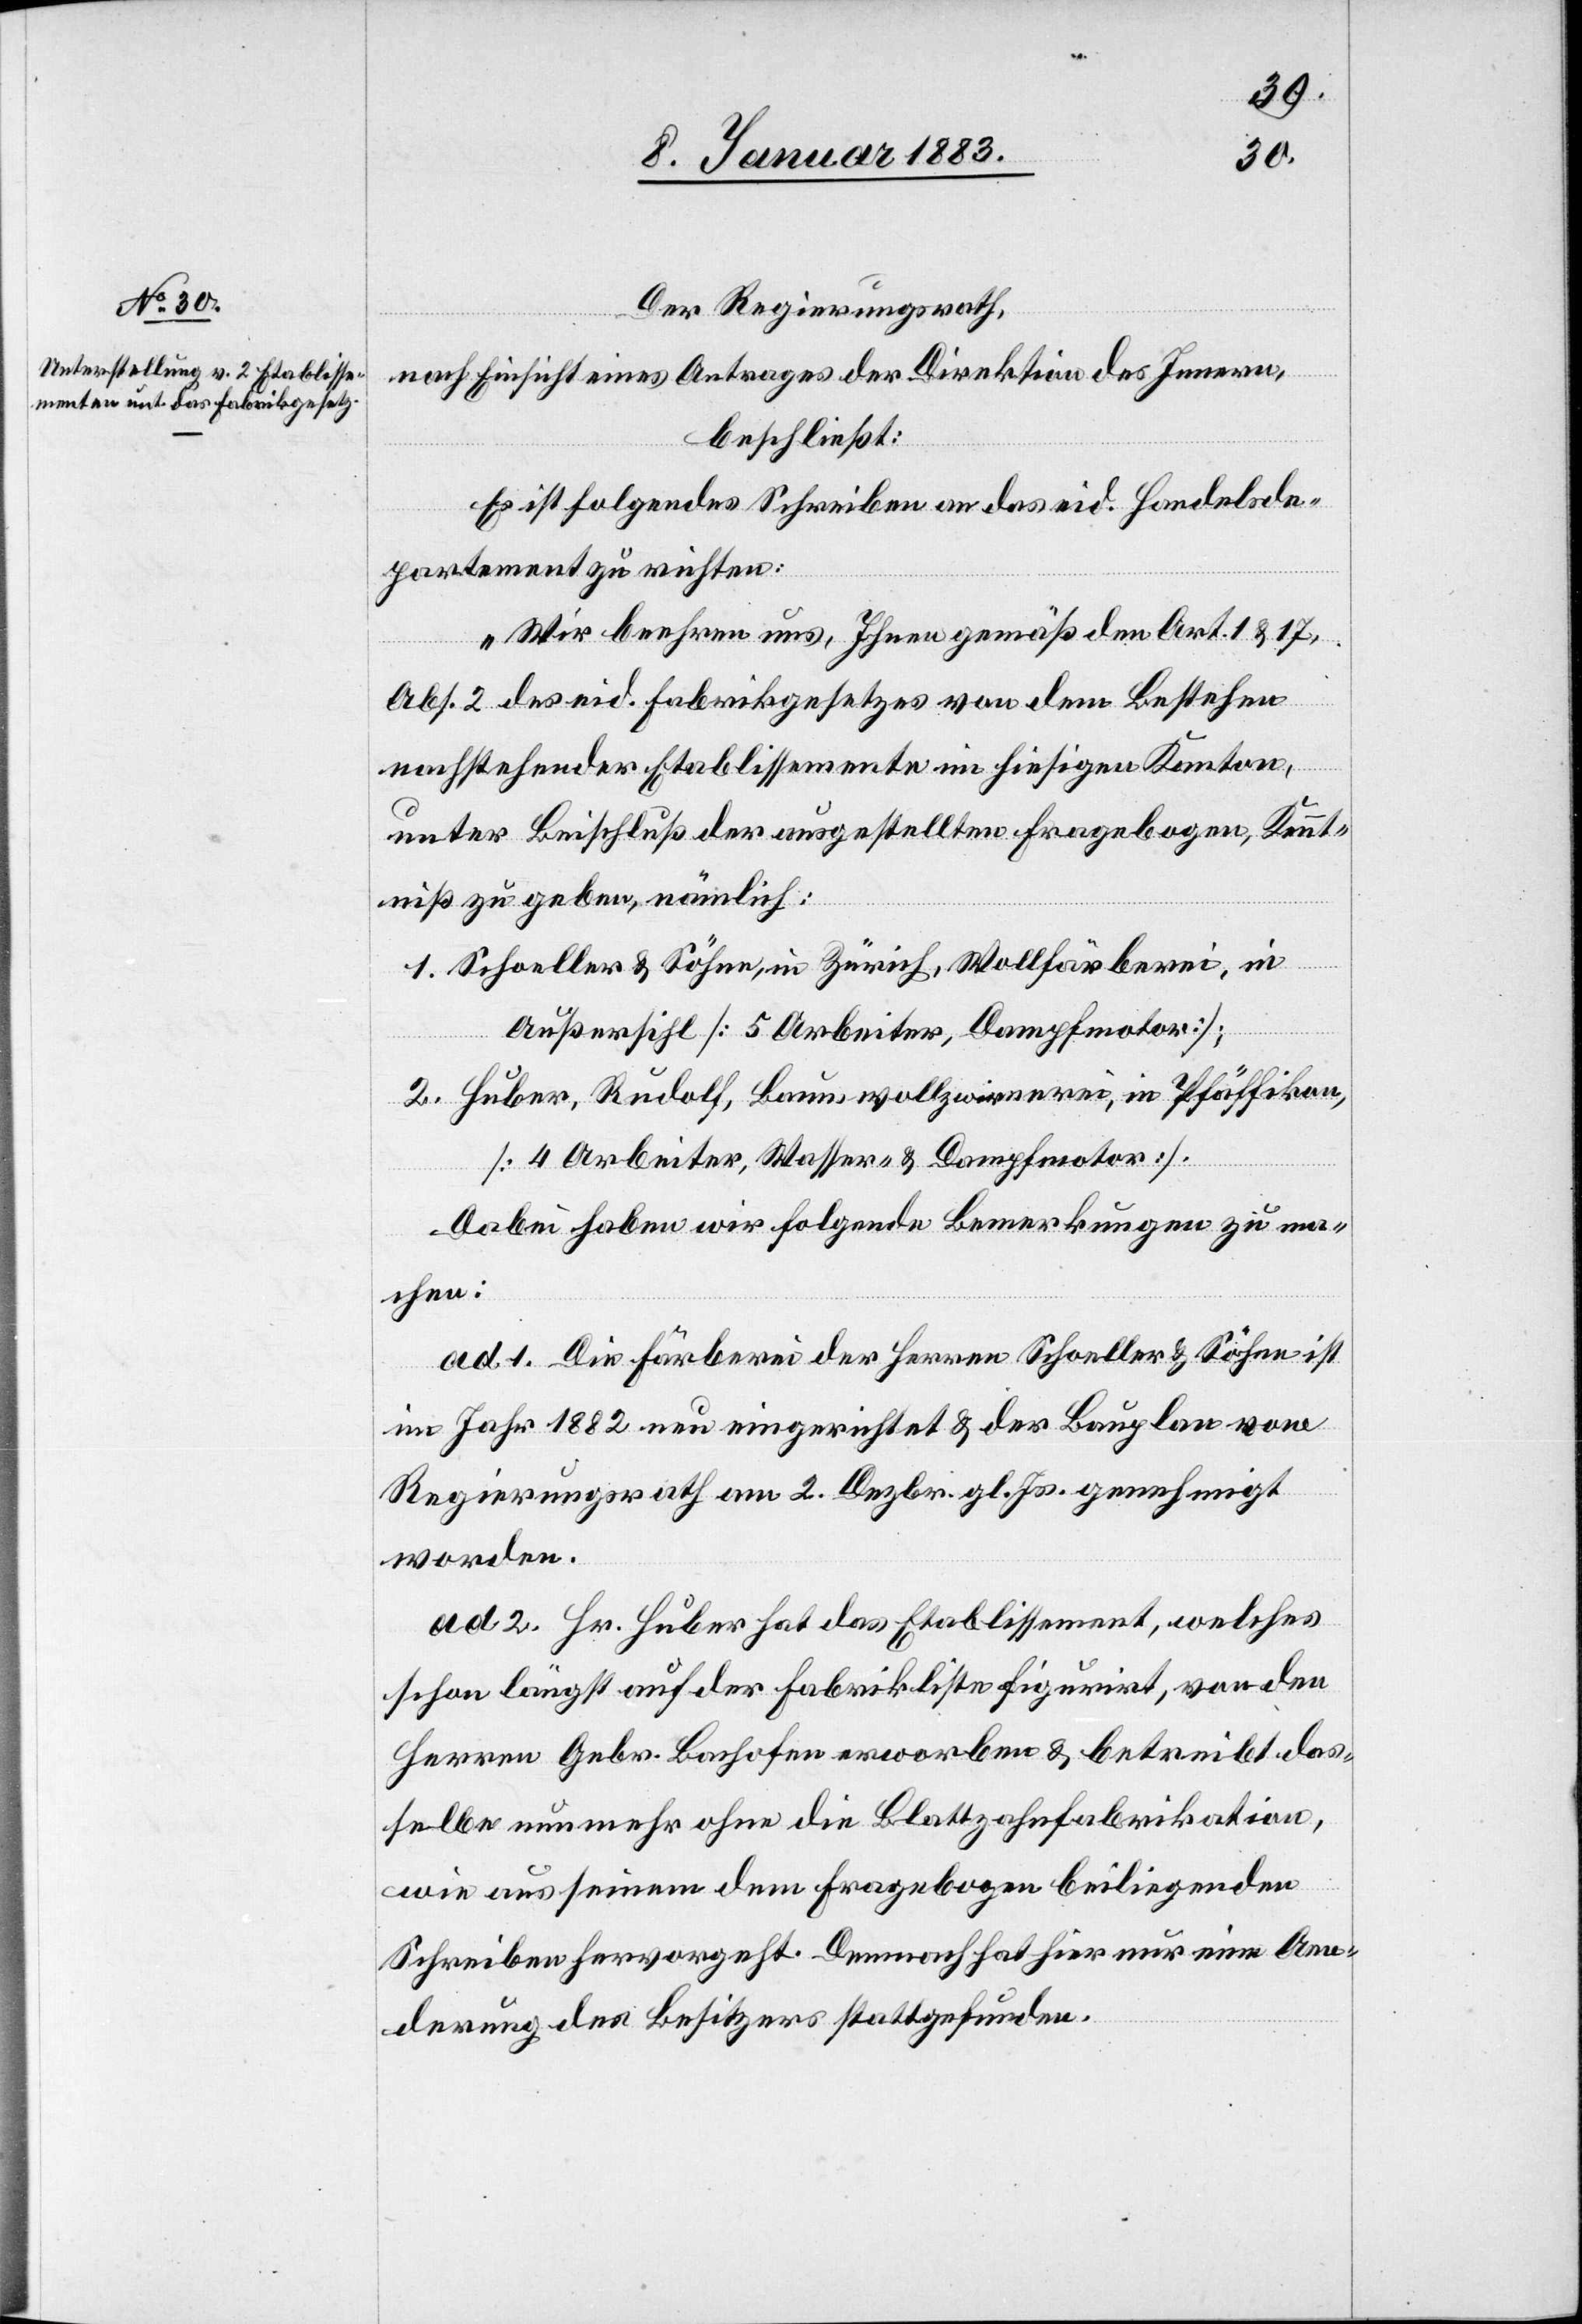
Der Regierungsrath,
nach Einsicht eines Antrages der Direktion des Innern,
beschließt:
Es ist folgendes Schreiben an das eid. Handelsde¬
partement zu richten:
„Wir beehren uns, Ihnen gemäß den Art. 1 & 17,
Abs. 2 des eid. Fabrikgesetzes von dem Bestehen
nachstehender Etablissemente im hiesigen Kanton,
unter Beischluß der ausgestellten Fragebogen, Kennt¬
niß zu geben, nämlich:
1. Schoeller & Söhne, in Zürich, Wollfärberei, in
Außersihl [5 Arbeiter, Dampfmotor];
2. Huber, Rudolf, Baumwollzwirnerei, in Pfäffikon,
[4 Arbeiter, Wasser- & Dampfmotor].
Dabei haben wir folgende Bemerkungen zu ma¬
chen:
ad 1. Die Färberei der Herren Schoeller & Söhne ist
im Jahr 1882 neu eingerichtet & der Bauplan vom
Regierungsrath am 2. Dezbr. gl. Js. genehmigt
worden.
ad 2. Hr. Huber hat das Etablissement, welches
schon längst auf der Fabrikliste figurirt, von den
Herren Gebr. Bachofen erworben & betreibt das¬
selbe nunmehr ohne die Blattzahnfabrikation,
wie aus seinem dem Fragebogen beiliegenden
Schreiben hervorgeht. Demnach hat hier nur eine Aen¬
derung des Besitzers stattgefunden.